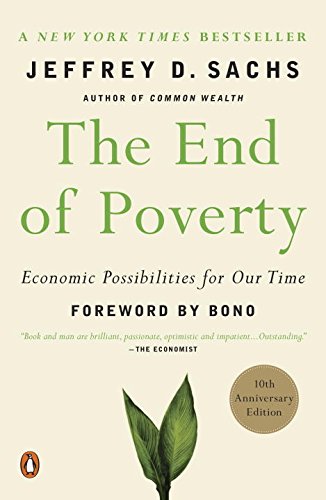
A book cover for The End of Poverty: Economic Possibilities for Our Time; Jeffrey Sachs; Business & Money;